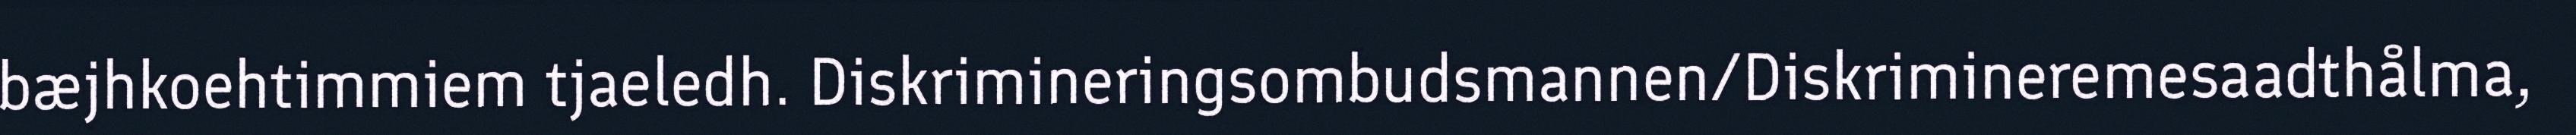
bæjhkoehtimmiem tjaeledh. Diskrimineringsombudsmannen/Diskrimineremesaadthålma,